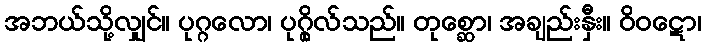
အဘယ်သို့လျှင်။ ပုဂ္ဂလော၊ ပုဂ္ဂိုလ်သည်။ တုစ္ဆော၊ အချည်းနှီး။ ဝိဝဋော၊